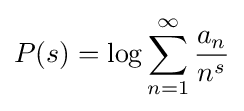
P(s)=\log \sum _{n=1}^{\infty }{\frac {a_{n}}{n^{s}}}